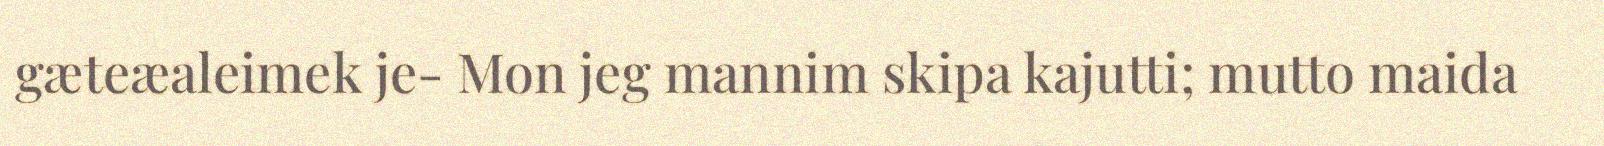
gæteæaleimek je- Mon jeg mannim skipa kajutti; mutto maida